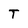
Character: T